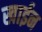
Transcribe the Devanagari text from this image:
खाईन